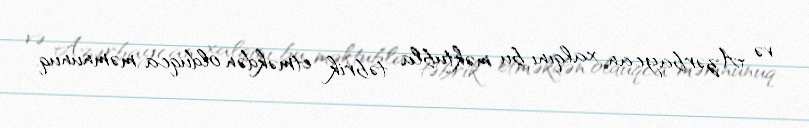
və Azərbaycan xalqını bu məktubla təbrik etməkdən olduqca məmnunuq.